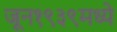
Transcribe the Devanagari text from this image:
जून१९३९मध्ये